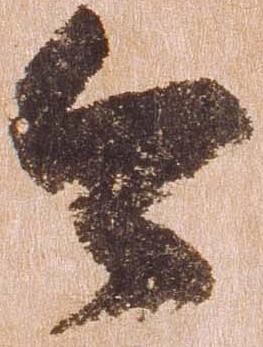
今